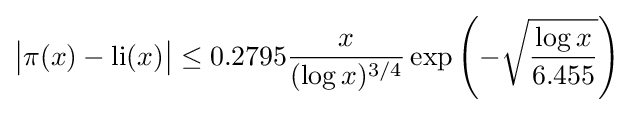
{\big |}\pi (x)-\operatorname {li} (x){\big |}\leq 0.2795{\frac {x}{(\log x)^{3/4}}}\exp \left(-{\sqrt {\frac {\log x}{6.455}}}\right)